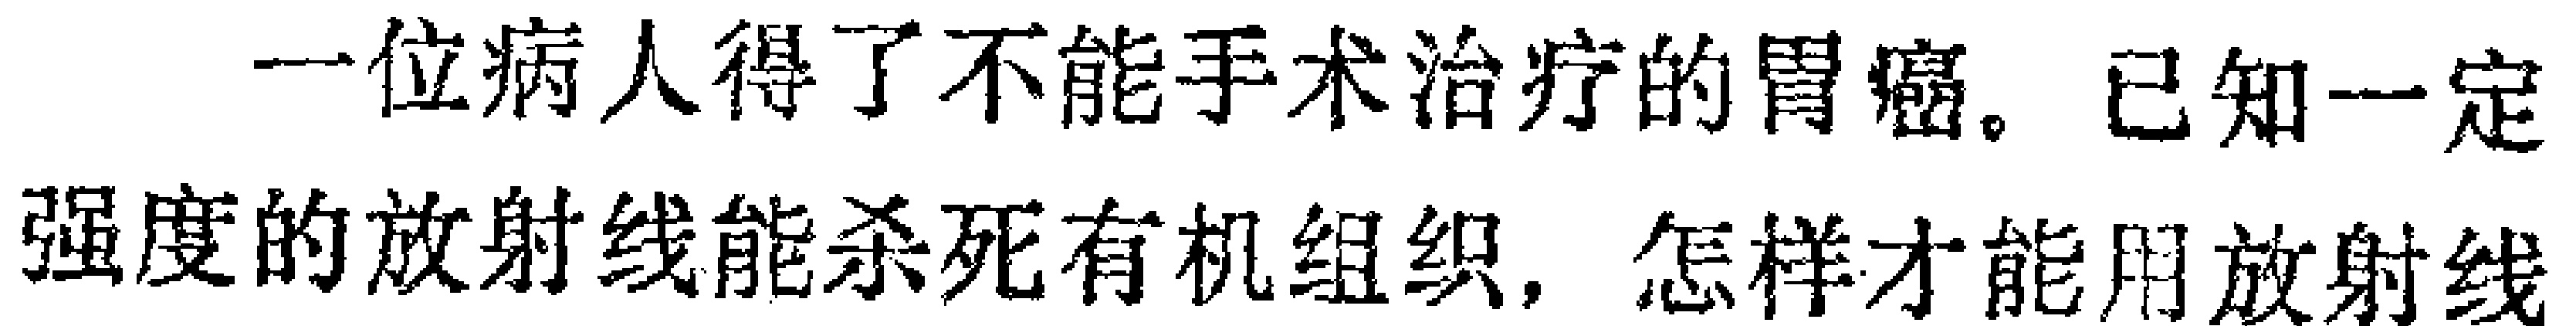
一位病人得了不能手术治疗的胃癌。已知一定强度的放射线能杀死有机组织，怎样才能用放射线